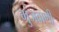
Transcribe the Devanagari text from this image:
गुंजवाणी